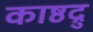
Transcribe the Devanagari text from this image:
काष्ठद्रु